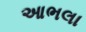
આભલા